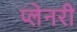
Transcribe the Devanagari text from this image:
प्लेनरी